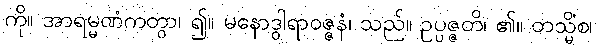
ကို။ အာရမ္မဏံကတွာ၊ ၍။ မနောဒွါရာဝဇ္ဇနံ၊ သည်။ ဥပ္ပဇ္ဇတိ၊ ၏။ တသ္မိံစ၊